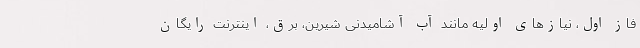
فاز اول، نیاز‌های اولیه مانند آب آشامیدنی شیرین، برق، اینترنت رایگان